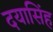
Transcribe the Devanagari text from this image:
दयासिंह